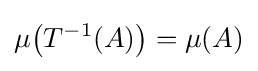
\mu {\mathord {\left(T^{-1}(A)\right)}}=\mu (A)